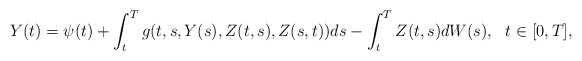
\begin{align*} Y(t)=\psi(t) + \int_t^T g(t,s,Y(s),Z(t,s),Z(s,t)) ds - \int_t^T Z(t,s) dW(s), \ \ t\in [0,T],\end{align*}